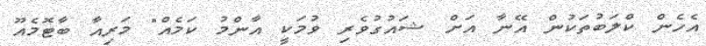
އެހެން ކްލަބުތަކުން އޭނާ އަށް ޝައުގުވެރި ވުމަކީ އާންމު ކަމެއް" މަރިއާ ބާޓޮމެއޫ